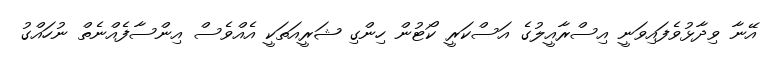
އޭނާ ވިދާޅުވެފައިވަނީ އިސްރާއީލުގެ އަސްކަރީ ކޯޓުން ހިންގި ޝަރީއަތަކީ އެއްވެސް އިންސާފެއްނެތް ނުހައްގު